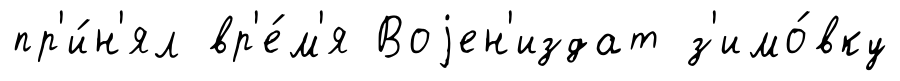
пр'и́н'ял вр'е́м'я Воjен'издат з'имо́вку